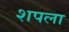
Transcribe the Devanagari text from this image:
शपला